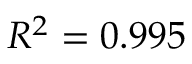
R ^ { 2 } = 0 . 9 9 5